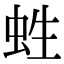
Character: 﨡